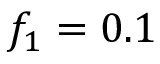
f _ { 1 } = 0 . 1